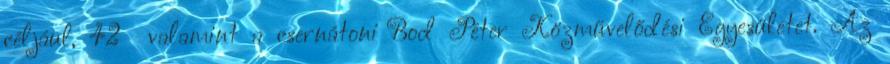
céljául, 42 valamint a csernátoni Bod Péter Közművelődési Egyesületet. Az